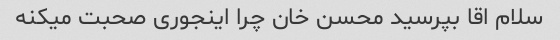
سلام اقا بپرسید محسن خان چرا اینجوری صحبت میکنه